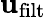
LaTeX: \boldsymbol{\mathbf{u}}_{\mathrm{{filt}}}